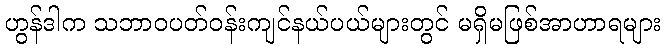
ဟွန်ဒါက သဘာဝပတ်ဝန်းကျင်နယ်ပယ်များတွင် မရှိမဖြစ်အာဟာရများ